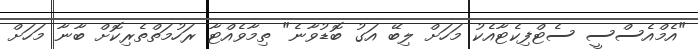
"އެމްއެސްސީ ސެޓްފިކެޓާއެކު މަހަށް ލިބޭ އަގު ބޮޑުވާނެ" ތިމާވެއްޓާ ރަހުމަތްތެރިކޮށް ބާނާ މަހަށް